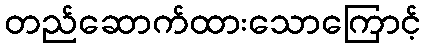
တည်ဆောက်ထားသောကြောင့်